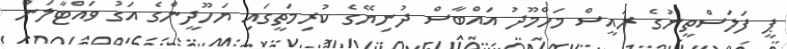
ޕީ ފަލަސްތީނުގެ ރައީސް މަހްމޫދު އައްބާސް ދުނިޔޭގެ ކުރިމަތީގައި ޔަހޫދީންގެ އަގު ވައްޓާލަން